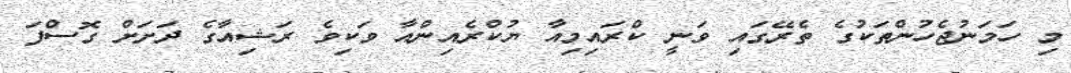
މި ހަމަނުޖެހުންތަކުގެ ތެރޭގައި ވަނީ ކްރައިމިއާ ޔުކްރެއިންއާ ވަކިވެ ރަޝިއާގެ ދަށަށް ގޮސްފަ